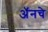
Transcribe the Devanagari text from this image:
अॅनचे